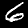
Digit: 6